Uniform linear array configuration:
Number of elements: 64
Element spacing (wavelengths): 0.25
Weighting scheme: cosine
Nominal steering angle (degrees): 30
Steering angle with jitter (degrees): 28.846
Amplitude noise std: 0.05
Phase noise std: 0.05

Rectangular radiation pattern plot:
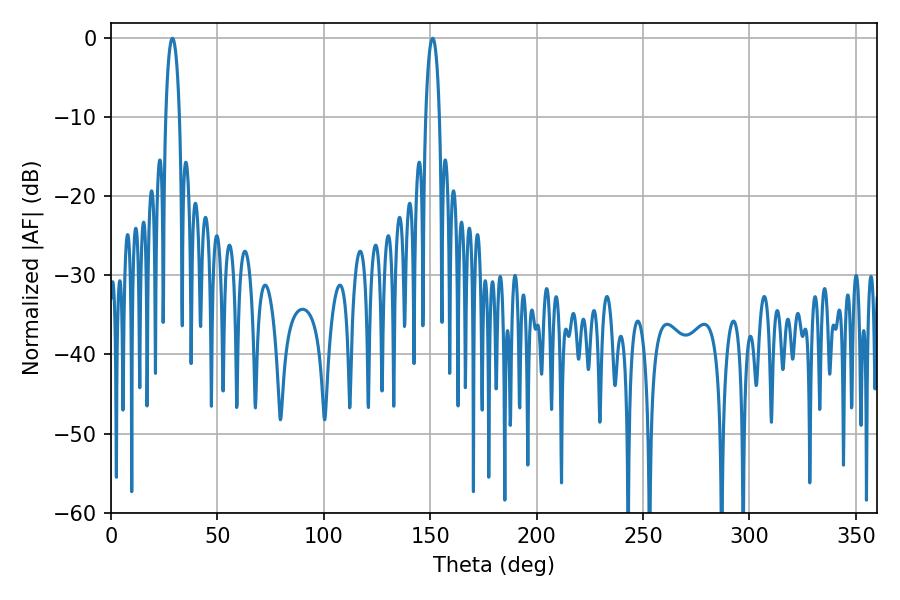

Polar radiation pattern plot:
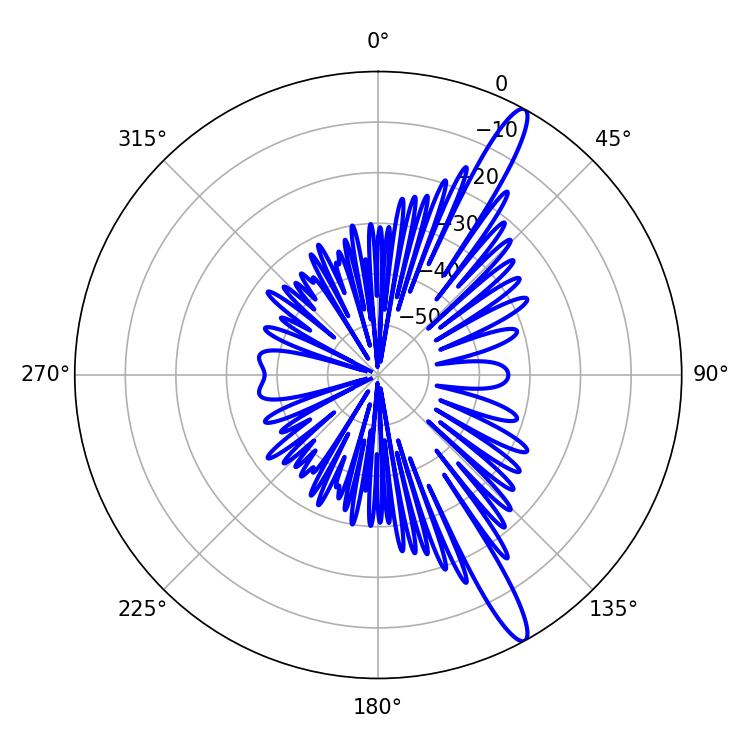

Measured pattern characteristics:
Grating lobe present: FALSE
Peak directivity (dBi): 14.586
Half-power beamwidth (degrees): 3.78
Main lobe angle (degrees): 28.8